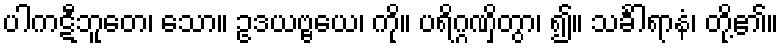
ပါကဋီဘူတေ၊ သော။ ဥဒယဗ္ဗယေ၊ ကို။ ပရိဂ္ဂဏှိတွာ၊ ၍။ သင်္ခါရာနံ၊ တို့၏။